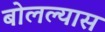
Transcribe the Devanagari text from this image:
बोलल्यास